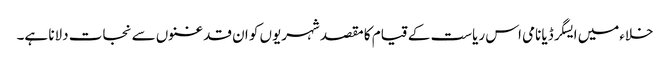
خلاءمیں ایسگرڈیا نامی اس ریاست کے قیام کا مقصد شہریوں کو ان قدغنوں سے نجات دلانا ہے۔